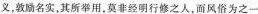
义，敦励名实，其所举用，莫非经明行修之人，而风俗为之一